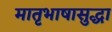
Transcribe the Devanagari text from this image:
मातृभाषासुद्धा